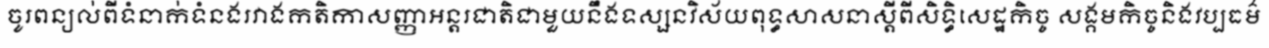
ចូរពន្យល់ពីទំនាក់ទំនងរវាងកតិកាសញ្ញាអន្តរជាតិជាមួយនឹងទស្សនវិស័យពុទ្ធសាសនាស្តីពីសិទ្ធិសេដ្ឋកិច្ច សង្គមកិច្ចនិងវប្បធម៌